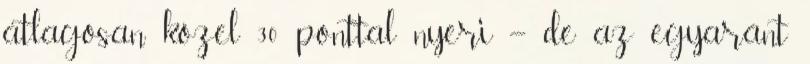
átlagosan közel 30 ponttal nyeri – de az egyaránt